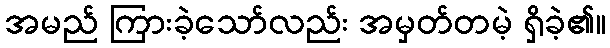
အမည် ကြားခဲ့သော်လည်း အမှတ်တမဲ့ ရှိခဲ့၏။